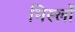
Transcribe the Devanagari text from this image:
मिस्लों